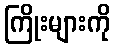
ကြိုးများကို